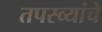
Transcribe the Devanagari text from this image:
तपस्व्यांचे